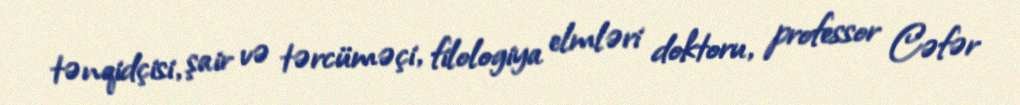
tənqidçisi, şair və tərcüməçi, filologiya elmləri doktoru, professor Cəfər